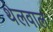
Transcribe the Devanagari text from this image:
थेलवाल